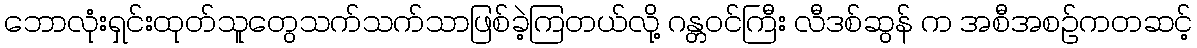
ဘောလုံးရှင်းထုတ်သူတွေသက်သက်သာဖြစ်ခဲ့ကြတယ်လို့ ဂန္တဝင်ကြီး လီဒစ်ဆွန် က အစီအစဥ်ကတဆင့်